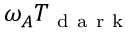
\omega _ { A } T _ { \mathrm { ~ d ~ a ~ r ~ k ~ } }